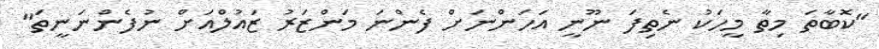
"ކޮބާތަ މިތާ މީހަކު ނެތިފަ ނޫނީ އަހަންނަށް ފެންނަ މަންޒަރު ޒައުލްއަށް ނުފެންނަނީތަ"